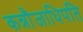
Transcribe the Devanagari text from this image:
कन्नौजाधिपति